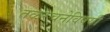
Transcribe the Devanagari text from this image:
तळरचनेविषयी